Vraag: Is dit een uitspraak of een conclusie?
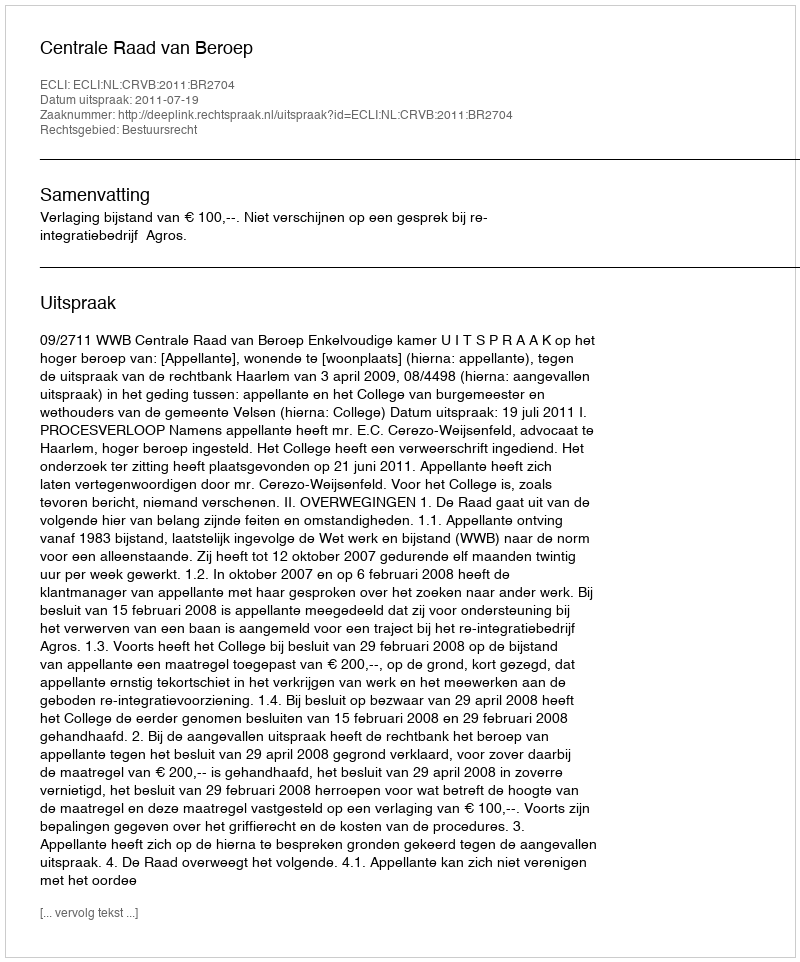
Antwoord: Uitspraak